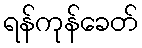
ရန်ကုန်ခေတ်